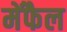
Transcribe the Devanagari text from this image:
मेंफैल